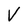
Character: V